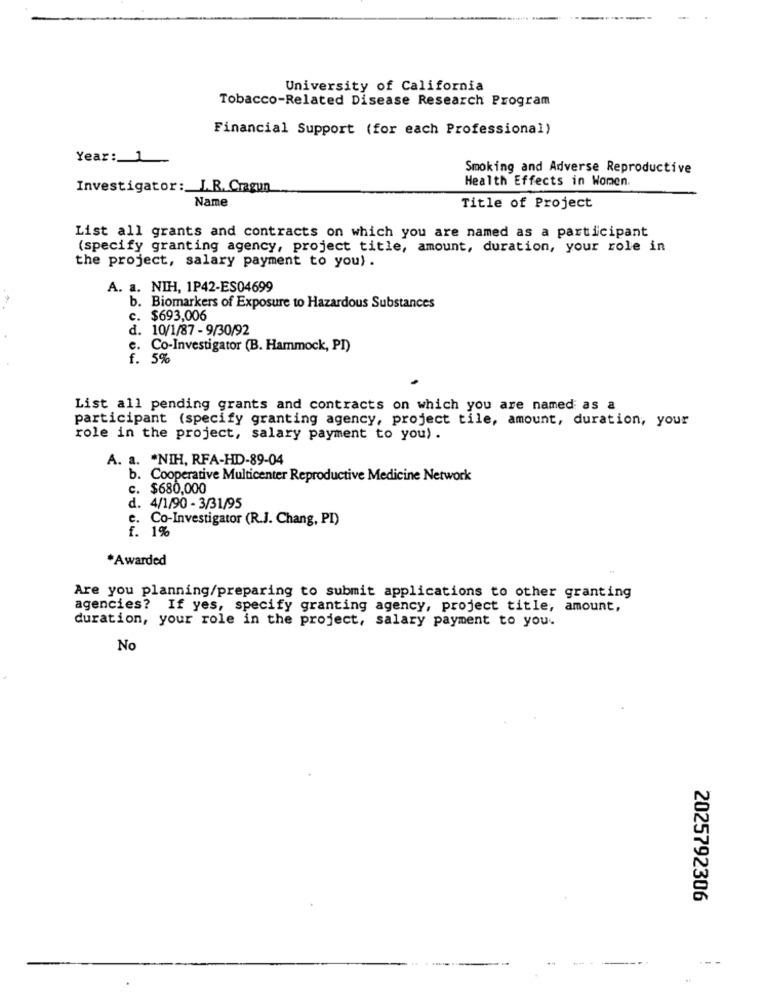
University of California
Tobacco-Related Disease Research Program
Financial Support (for each Professional)
Year: 1
Smoking and Adverse Reproductive
Health Effects in Women
Investigator: I.R. Cragun
Name
Title of Project
List all grants and contracts on which you are named as a participant
(specify granting agency, project title, amount, duration, your role in
the project, salary payment to you) .
A. a. NIH, 1P42-ES04699
b. Biomarkers of Exposure to Hazardous Substances
c. $693,006
d. 10/1/87 - 9/30/92
e. Co-Investigator (B. Hammock, PI)
f. 5%
List all pending grants and contracts on which you are named as a
participant (specify granting agency, project tile, amount, duration, your
role in the project, salary payment to you) .
A. a. * NIH, RFA-HD-89-04
b. Cooperative Multicenter Reproductive Medicine Network
c. $680,000
d. 4/1/90 - 3/31/95
. Co-Investigator (R.J. Chang, PI)
f. 1%
*Awarded
Are you planning/preparing to submit applications to other granting
agencies? If yes, specify granting agency, project title, amount,
duration, your role in the project, salary payment to you.
No
2025792306